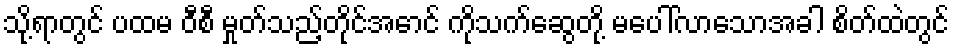
သို့ရာတွင် ပထမ ဝီစီ မှုတ်သည့်တိုင်အောင် ကိုသက်ဆွေတို့ မပေါ်လာသောအခါ စိတ်ထဲတွင်